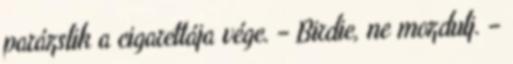
parázslik a cigarettája vége. – Birdie, ne mozdulj. –